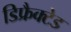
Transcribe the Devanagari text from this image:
डिफ्रैक्टेड